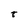
Character: t